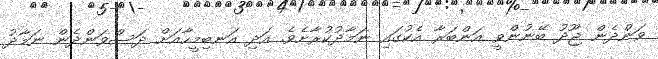
ވަންދެން ޖޫދު ބޭނުންވީ އަންބަރާ އެކުގައި ނަމާދުކުރާށެވެ. އަދި އަނބިމީހާއަށް ދަސްވަންދެން ނަމާދު